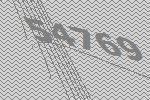
54769